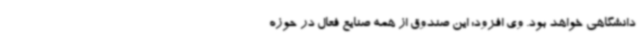
دانشگاهی خواهد بود. وی افزود:‌ این صندوق از همه صنایع فعال در حوزه